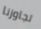
تجاوزنا